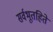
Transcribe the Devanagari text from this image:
सर्वभूतहिते